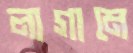
লাগামে